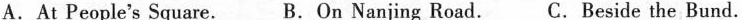
A.At People's Square. B.On Nanjing Road. C.Beside the Bund.